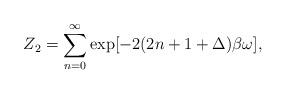
LaTeX: \begin{align*}Z_2 = \sum_{n=0}^{\infty} \exp[- 2 (2n+1+ \Delta )\beta\omega],\end{align*}